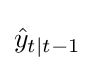
{\textstyle {\hat {y}}_{t\mid t-1}}